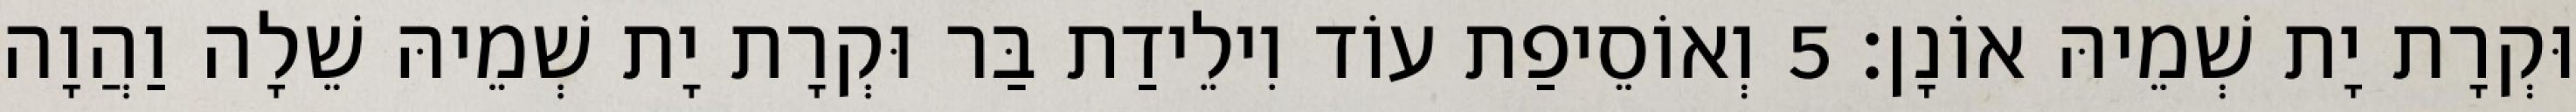
וּקְרָת יָת שְׁמֵיהּ אוֹנָן׃ 5 וְאוֹסֵיפַת עוֹד וִילֵידַת בַּר וּקְרָת יָת שְׁמֵיהּ שֵׁלָה וַהֲוָה